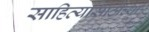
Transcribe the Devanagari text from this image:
साहित्यासाठीच्या